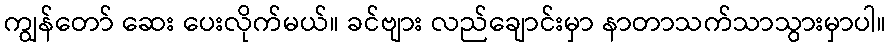
ကျွန်တော် ဆေး ပေးလိုက်မယ်။ ခင်ဗျား လည်ချောင်းမှာ နာတာသက်သာသွားမှာပါ။